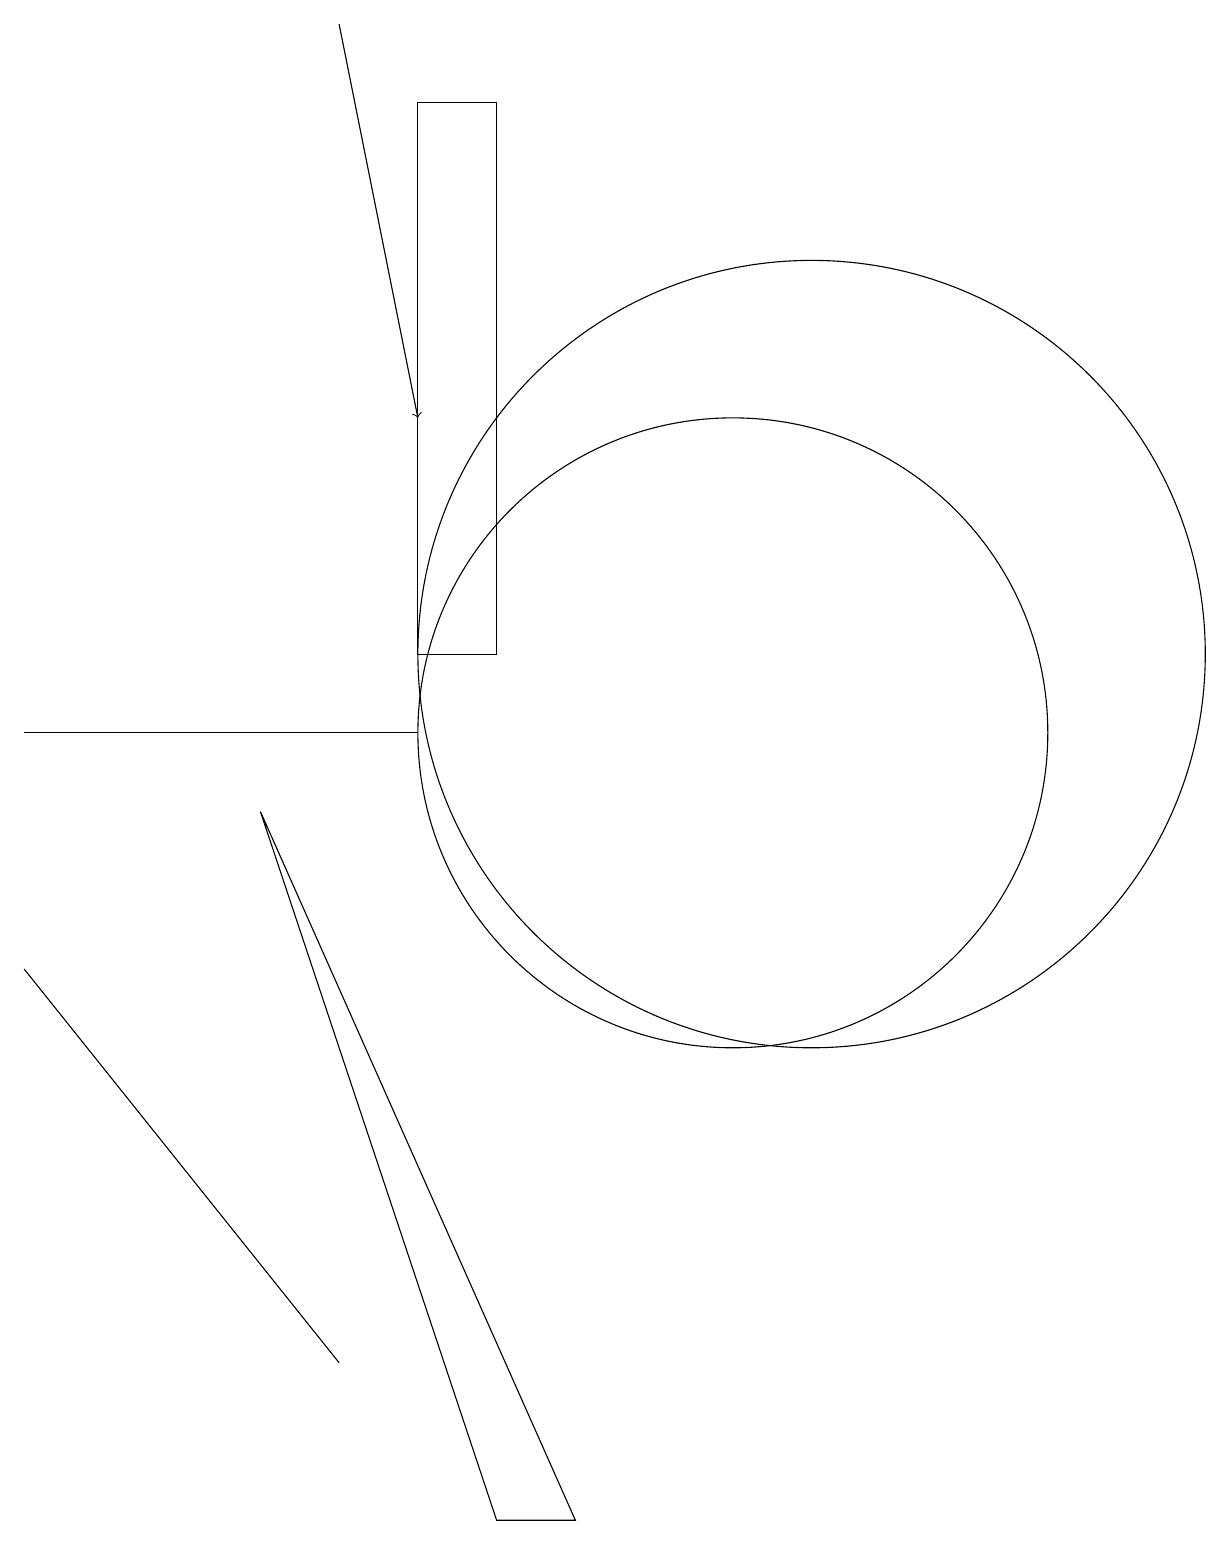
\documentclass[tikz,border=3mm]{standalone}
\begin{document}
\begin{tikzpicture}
\draw (11,11) circle (5);
\draw (6,10) rectangle (1,10);
\draw[->] (5,19) -- (6,14);
\draw (6,11) rectangle (7,18);
\draw (10,10) circle (4);
\draw (7,0) -- (4,9) -- (8,0) -- cycle;
\draw (1,7) -- (5,2) -- (5,2) -- cycle;
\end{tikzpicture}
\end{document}